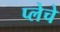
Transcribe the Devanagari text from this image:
प्लेचे